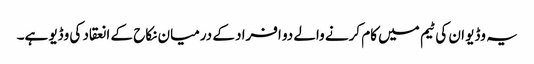
یہ وڈیو ان کی ٹیم میں کام کرنے والے دو افراد کے درمیان نکاح کے انعقاد کی وڈیو ہے۔